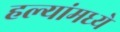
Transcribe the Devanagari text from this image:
हल्यांमध्ये